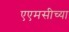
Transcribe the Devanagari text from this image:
एएमसीच्या